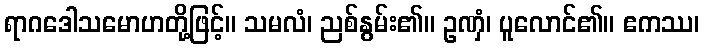
ရာဂဒေါသမောဟတို့ဖြင့်။ သမလံ၊ ညစ်နွမ်း၏။ ဥဏှံ၊ ပူလောင်၏။ ဧကဿ၊